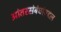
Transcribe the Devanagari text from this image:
आंतरसंबंधांबद्दल